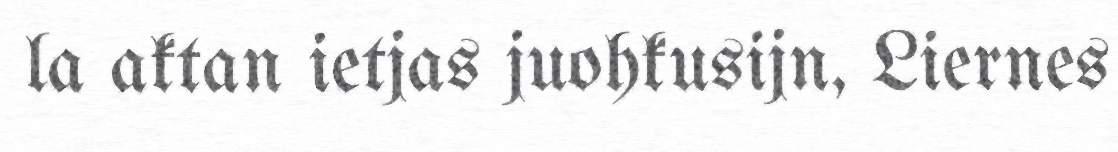
la aktan ietjas juohkusijn, Liernes